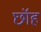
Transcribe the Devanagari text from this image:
छॉह